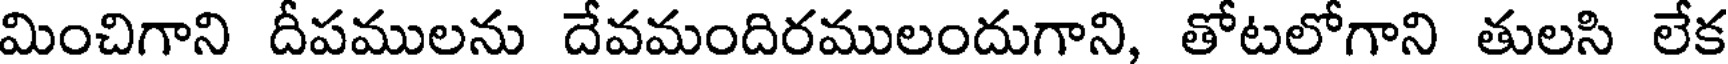
మించిగాని దీపములను దేవమందిరములందుగాని, తోటలోగాని తులసి లేక